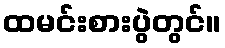
ထမင်းစားပွဲတွင်။